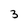
Character: 3